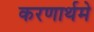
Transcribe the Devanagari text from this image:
करणार्थमे